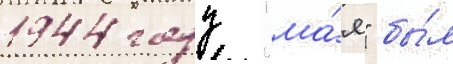
1944 году "ма́я" бы́л